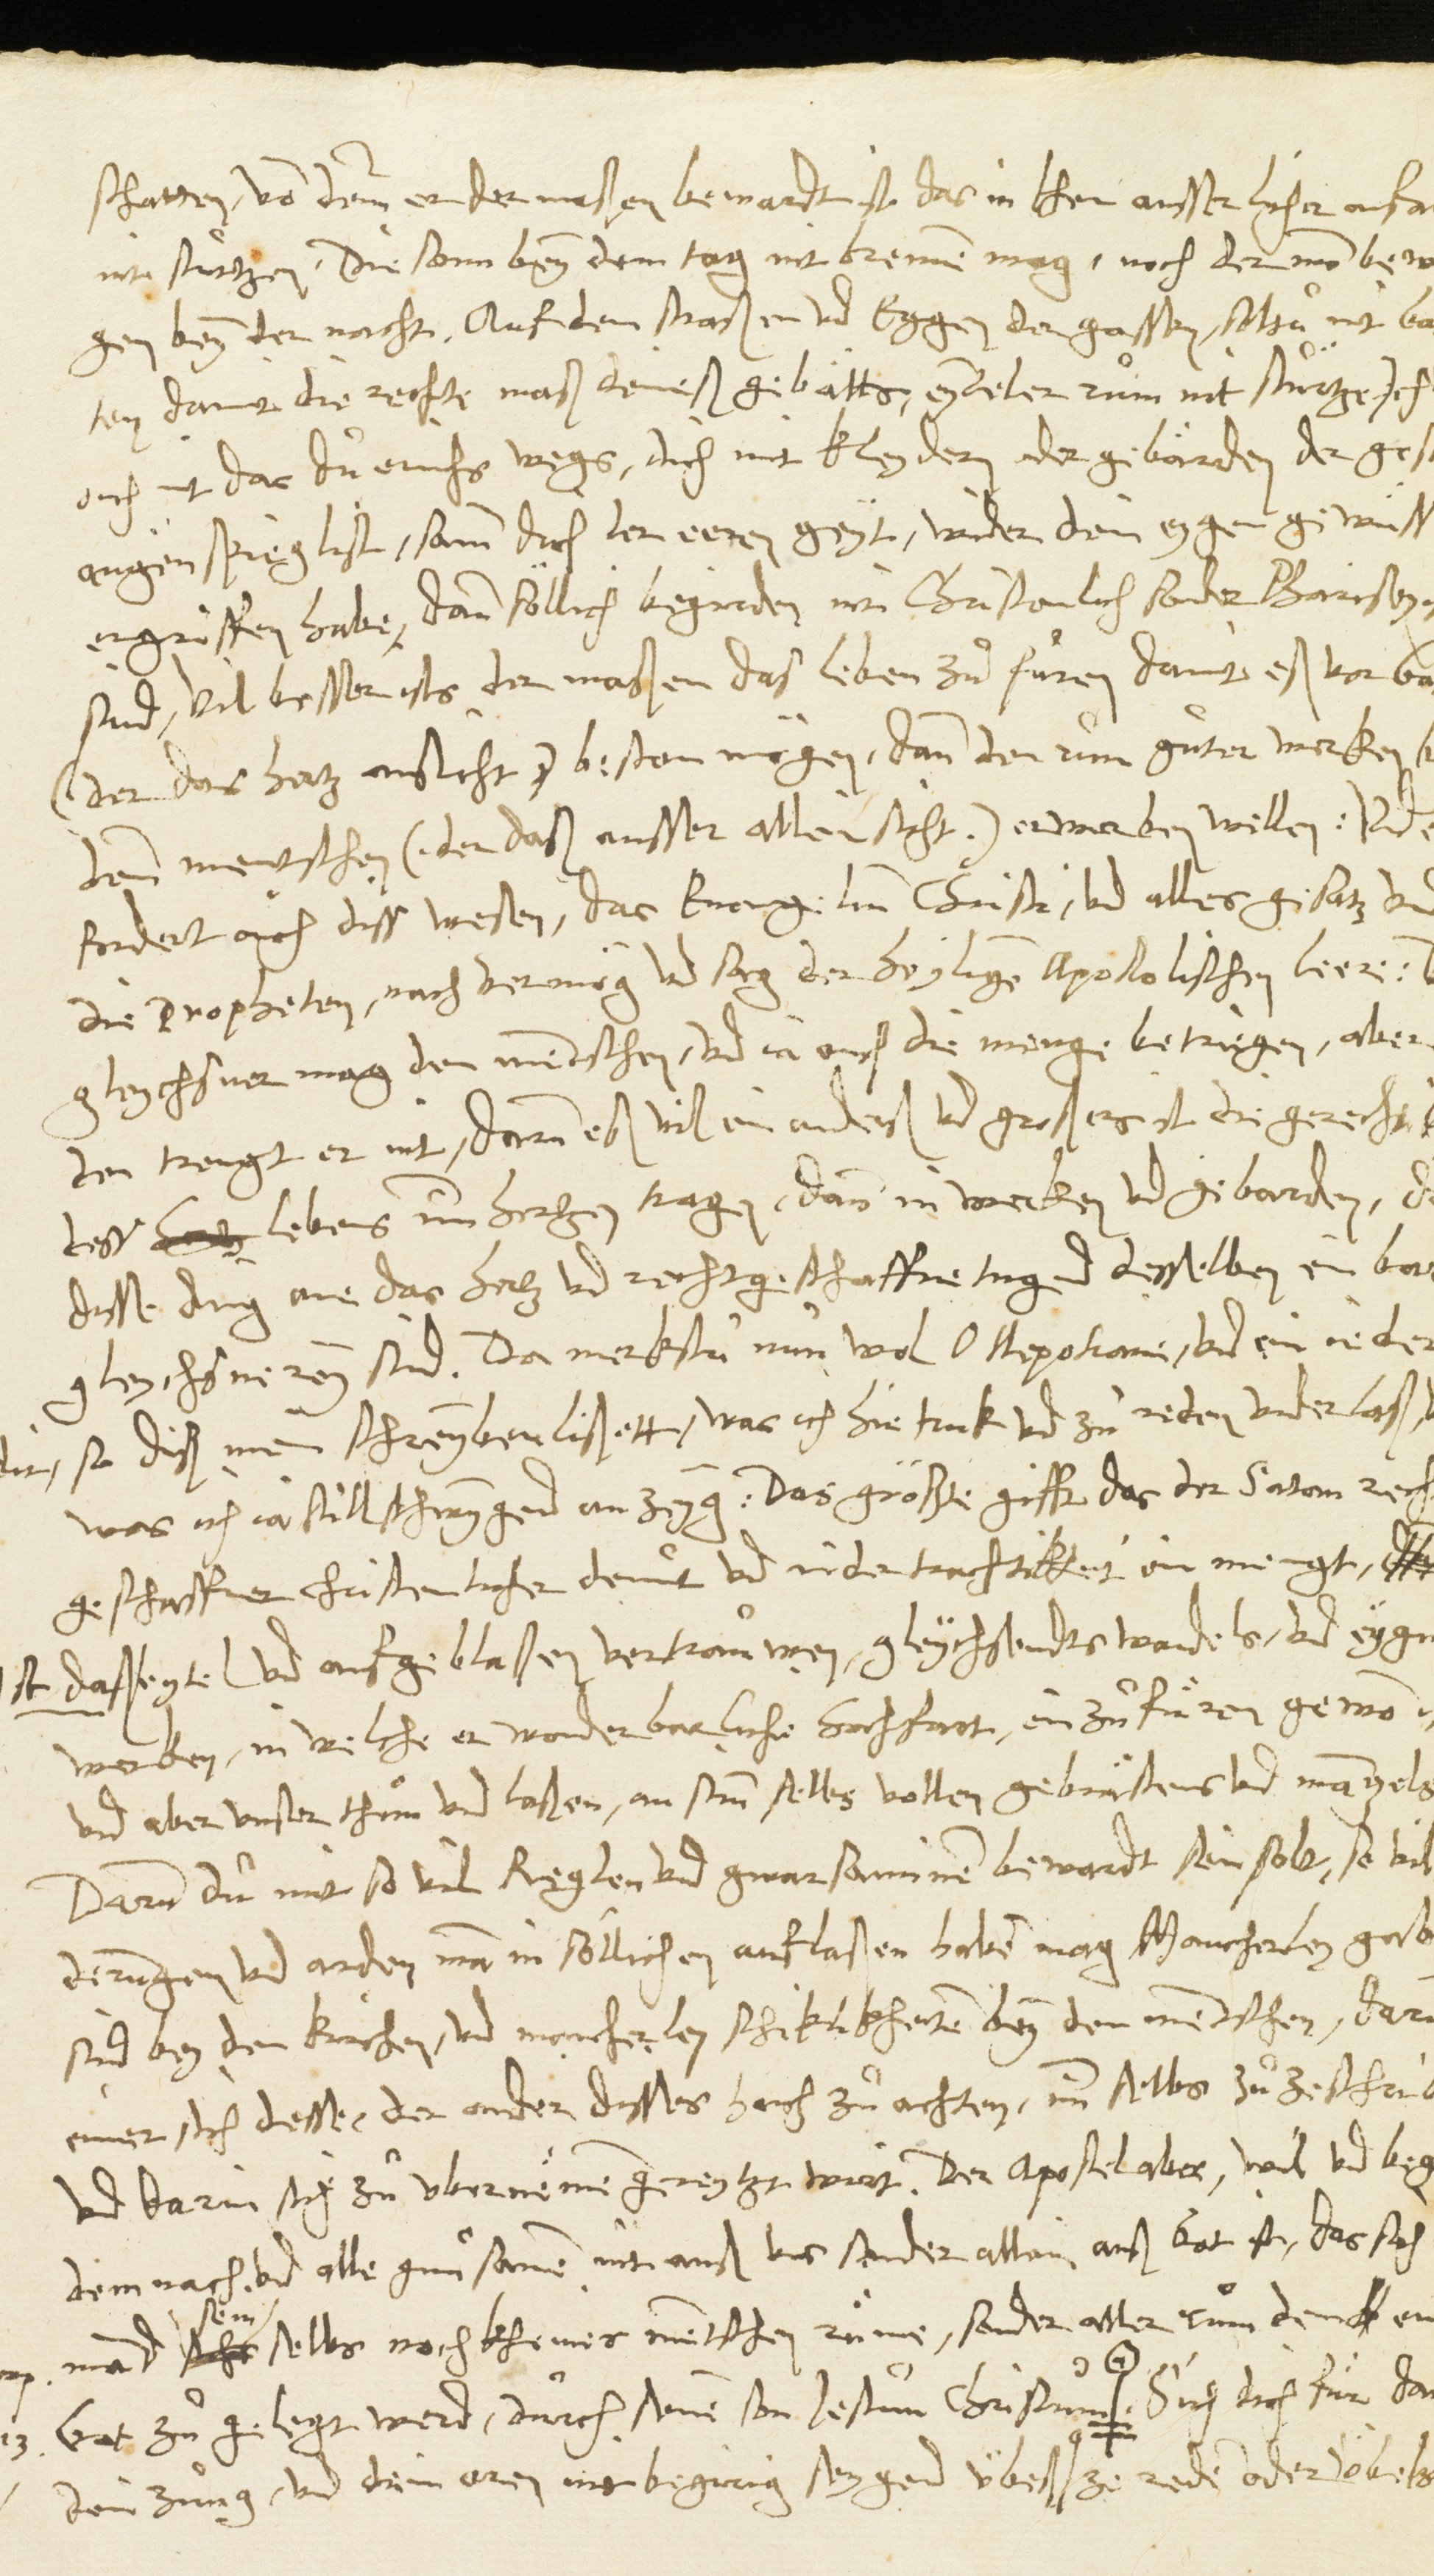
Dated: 1546–1546